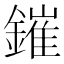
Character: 鏙